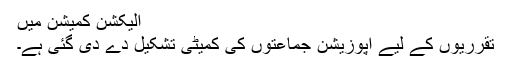
الیکشن کمیشن میں
تقرریوں کے لیے اپوزیشن جماعتوں کی کمیٹی تشکیل دے دی گئی ہے۔